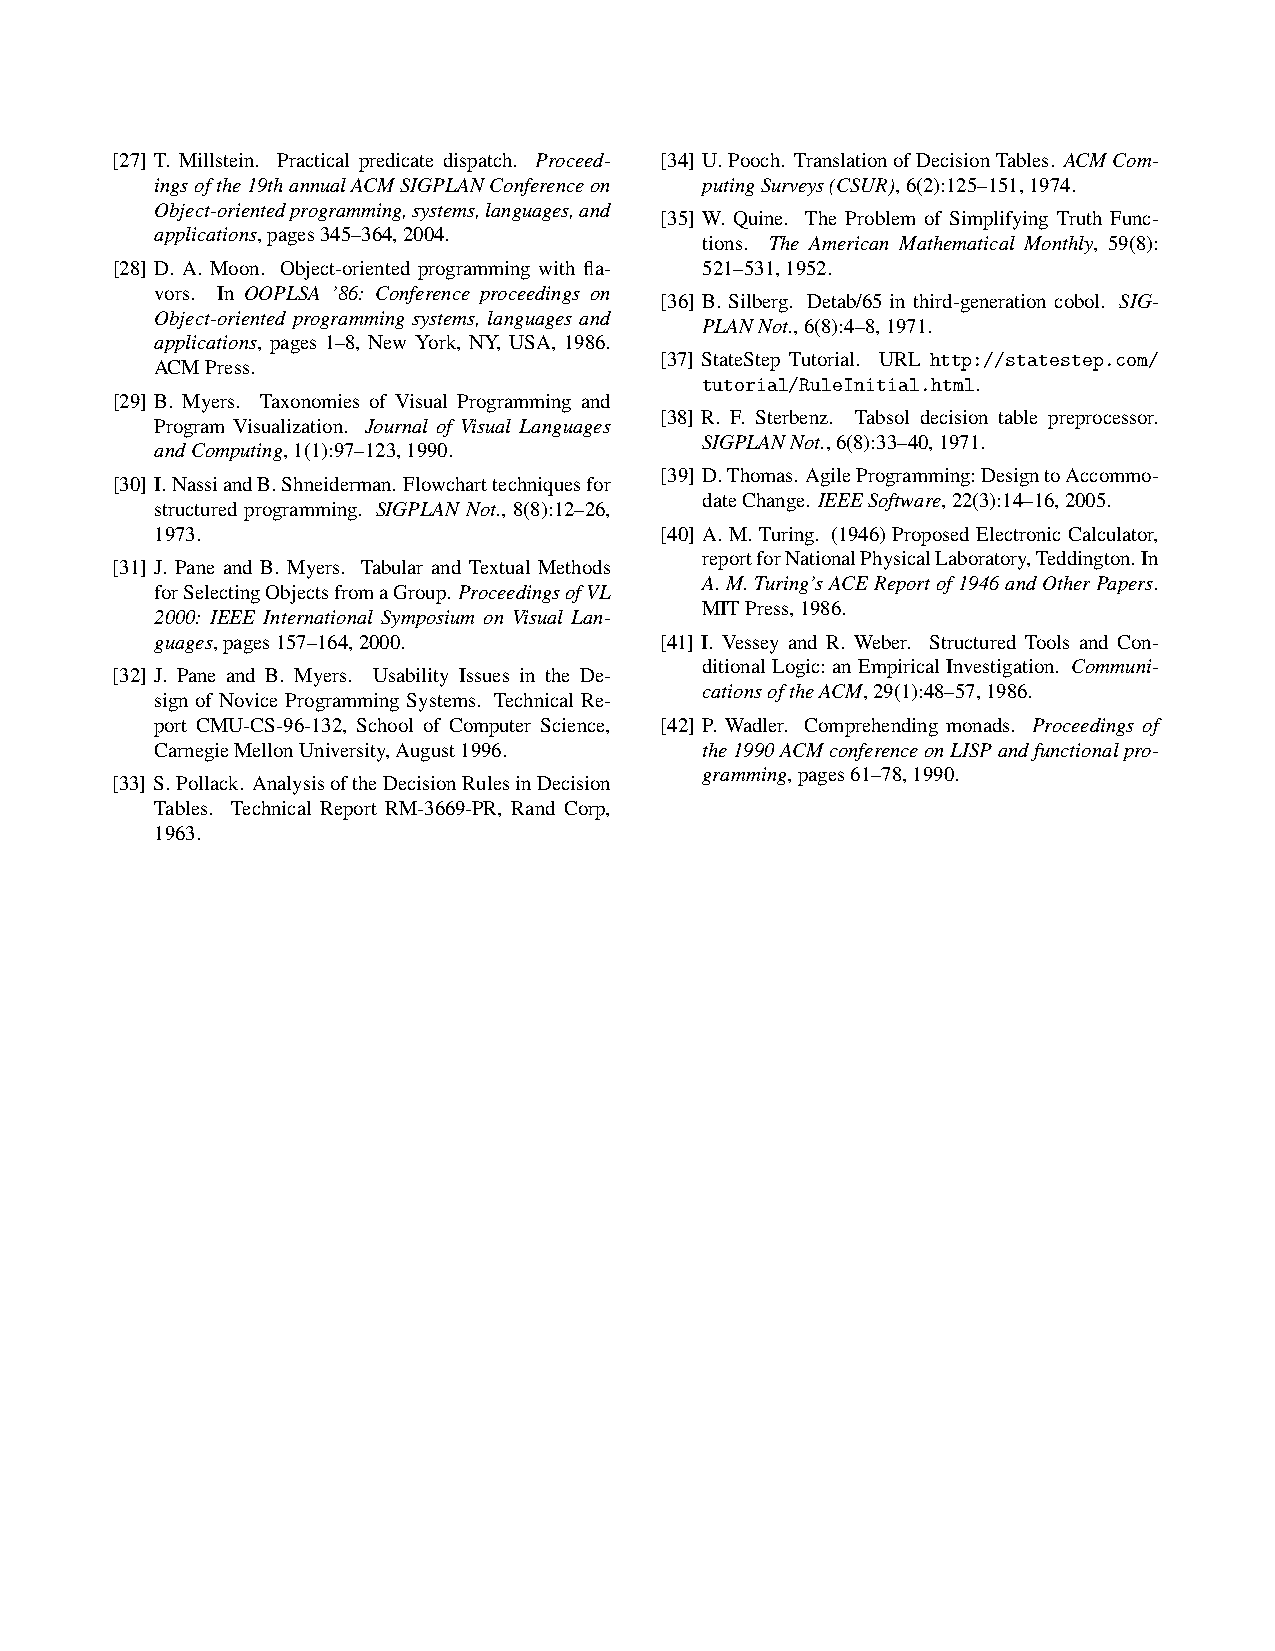
[27] T. Millstein. Practical predicate dispatch. Proceed- [34] U.Pooch. TranslationofDecisionTables. ACMCom-
 ingsofthe19thannualACMSIGPLANConferenceon putingSurveys(CSUR),6(2):125–151,1974.
 Object-orientedprogramming,systems,languages,and
 [35] W. Quine. The Problem of Simplifying Truth Func-
 applications,pages345–364,2004.
 tions. The American Mathematical Monthly, 59(8):
 [28] D. A. Moon. Object-oriented programming with fla- 521–531,1952.
 vors. In OOPLSA ’86: Conference proceedings on
 [36] B. Silberg. Detab/65 in third-generation cobol. SIG-
 Object-oriented programming systems, languages and
 PLANNot.,6(8):4–8,1971.
 applications, pages 1–8, New York, NY, USA, 1986.
 [37] StateStep Tutorial. URL http://statestep.com/
 ACMPress.
 tutorial/RuleInitial.html.
 [29] B. Myers. Taxonomies of Visual Programming and
 [38] R. F. Sterbenz. Tabsol decision table preprocessor.
 Program Visualization. Journal of Visual Languages
 SIGPLANNot.,6(8):33–40,1971.
 andComputing,1(1):97–123,1990.
 [39] D.Thomas. AgileProgramming:DesigntoAccommo-
 [30] I.NassiandB.Shneiderman. Flowcharttechniquesfor
 dateChange. IEEESoftware,22(3):14–16,2005.
 structured programming. SIGPLAN Not., 8(8):12–26,
 1973.                             [40] A. M. Turing. (1946) Proposed Electronic Calculator,
 reportforNationalPhysicalLaboratory,Teddington.In
 [31] J. Pane and B. Myers. Tabular and Textual Methods
 A.M.Turing’sACEReportof1946andOtherPapers.
 forSelectingObjectsfromaGroup. ProceedingsofVL
 MITPress,1986.
 2000: IEEE International Symposium on Visual Lan-
 guages,pages157–164,2000.         [41] I. Vessey and R. Weber. Structured Tools and Con-
 ditional Logic: an Empirical Investigation. Communi-
 [32] J. Pane and B. Myers. Usability Issues in the De-
 cationsoftheACM,29(1):48–57,1986.
 sign of Novice Programming Systems. Technical Re-
 port CMU-CS-96-132, School of Computer Science, [42] P. Wadler. Comprehending monads. Proceedings of
 CarnegieMellonUniversity,August1996. the1990ACMconferenceonLISPandfunctionalpro-
 gramming,pages61–78,1990.
 [33] S.Pollack. AnalysisoftheDecisionRulesinDecision
 Tables. Technical Report RM-3669-PR, Rand Corp,
 1963.